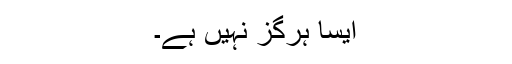
ایسا ہرگز نہیں ہے۔